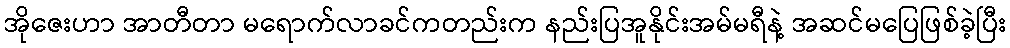
အိုဇေးဟာ အာတီတာ မရောက်လာခင်ကတည်းက နည်းပြအူနိုင်းအမ်မရီနဲ့ အဆင်မပြေဖြစ်ခဲ့ပြီး